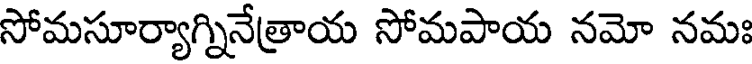
సోమసూర్యాగ్నినేత్రాయ సోమపాయ నమో నమః